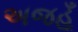
અજહૂઁ